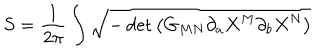
LaTeX: S = \frac { 1 } { 2 \pi } \int \sqrt { - \det \left( G _ { M N } \partial _ { a } X ^ { M } \partial _ { b } X ^ { N } \right) }